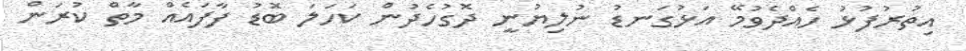
އިތުރުފުޅު ހެއްދެވުމޭ އަޅުގަނޑު ނުލިޔުނީ ދޮގުހެދުން ކަހަލަ ބޮޑު ފާފައެއް މާތް ކުރަން